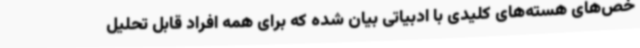
خص‌های هسته‌های کلیدی با ادبیاتی بیان شده که برای همه افراد قابل تحلیل